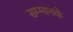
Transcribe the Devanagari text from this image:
सम्मानके